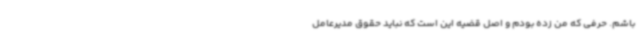
باشم. حرفی که من زده بودم و اصل قضیه این است که نباید حقوق مدیرعامل